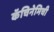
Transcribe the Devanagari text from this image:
कॅचिनेमिची